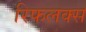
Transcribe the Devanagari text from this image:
रिफलक्स